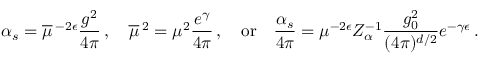
\alpha _ { s } = \overline { { { \mu } } } \, ^ { - 2 \epsilon } \frac { g ^ { 2 } } { 4 \pi } \, , \quad \overline { { { \mu } } } \, ^ { 2 } = \mu ^ { 2 } \frac { e ^ { \gamma } } { 4 \pi } \, , \quad \mathrm { o r } \quad \frac { \alpha _ { s } } { 4 \pi } = \mu ^ { - 2 \epsilon } Z _ { \alpha } ^ { - 1 } \frac { g _ { 0 } ^ { 2 } } { ( 4 \pi ) ^ { d / 2 } } e ^ { - \gamma \epsilon } \, .